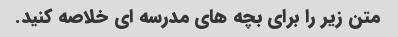
متن زیر را برای بچه های مدرسه ای خلاصه کنید.